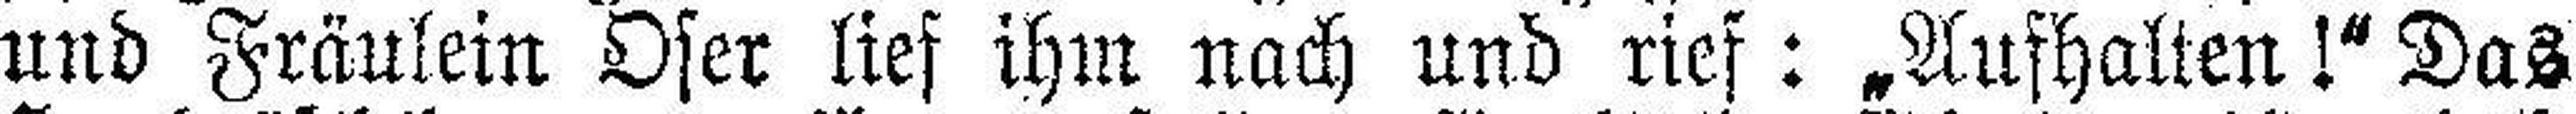
und Fräulein Oser lief ihm nach und rief: „Aushalten!" Das